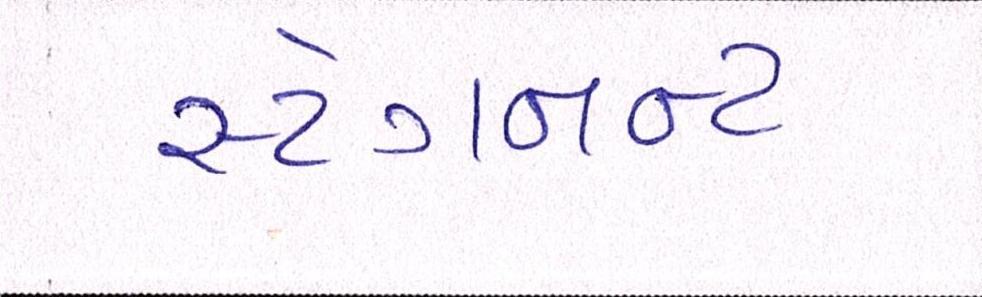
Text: સ્ટેગનન્ટ